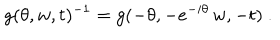
g ( \theta , w , t ) ^ { - 1 } = g ( - \theta , - e ^ { - i \theta } \, w , - t ) ~ .